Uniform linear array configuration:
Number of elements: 64
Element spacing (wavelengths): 0.25
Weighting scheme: cosine
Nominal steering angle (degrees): -45
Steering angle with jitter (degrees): -44.707
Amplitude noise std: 0.05
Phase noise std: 0.05

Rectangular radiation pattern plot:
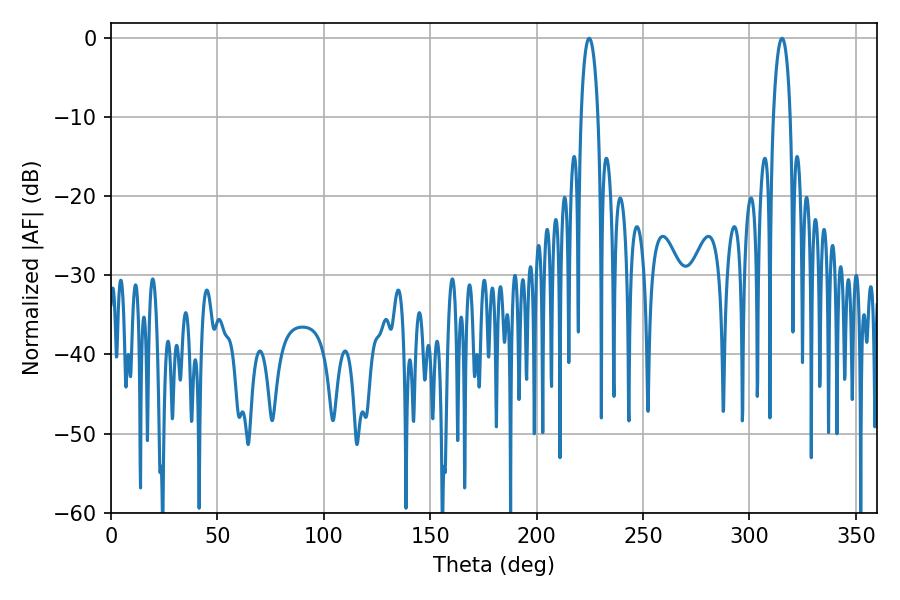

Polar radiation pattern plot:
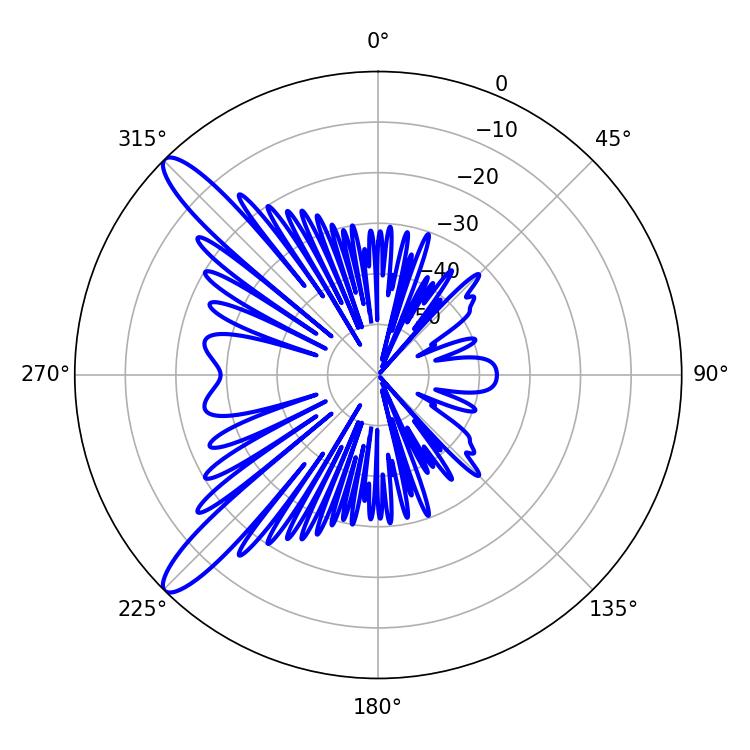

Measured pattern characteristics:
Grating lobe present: FALSE
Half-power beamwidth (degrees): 4.5
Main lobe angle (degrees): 224.64